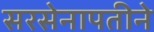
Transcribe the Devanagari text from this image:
सरसेनापतीने